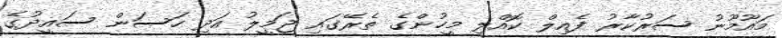
މައޫމޫނު ސަރުކާރު ފެއިލް ކޮއްލި މީހުންގެ ތެރޭގައި ޖަމީލު އަދި ހަސަން ސައީދުގެ